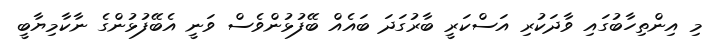
މި އިންތިހާބުގައި ވާދަކުރި އަސްކަރީ ބާރުގަދަ ބައެއް ބޭފުޅުންވެސް ވަނީ އެބޭފުޅުންގެ ނާކާމިޔާބީ